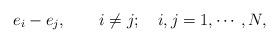
LaTeX: \begin{align*}{e_i-e_j,\quad\quad i\neq j;\quad i,j=1,\cdots,N,}\end{align*}